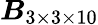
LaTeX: \boldsymbol{\mathit{B}}_{3\times3\times10}